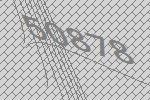
50878